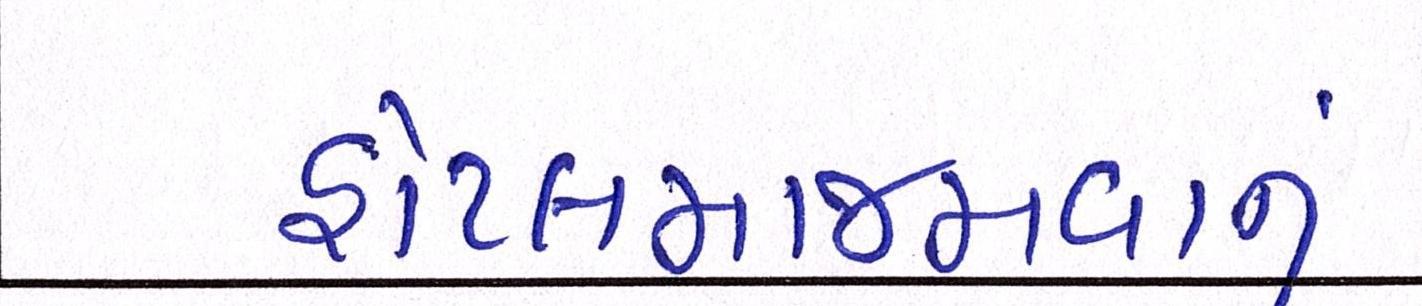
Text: હોટલમાજમવાનું